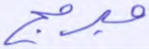
مبرمج